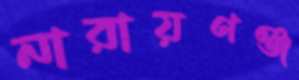
নারায়ণঞ্জ